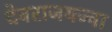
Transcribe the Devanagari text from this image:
देवराजयज्वा